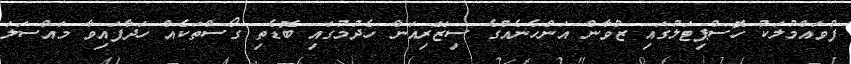
ފުވައްމުލަކު ހޮސްޕިޓަލުގައި ޒުވާން އަންހެނެއްގެ ސިޒޭރިއަން ހެދުމުގައި ބޮޑެތި ގޯސްތަކެއް ހަދާފައިވާ މައްސަލަ